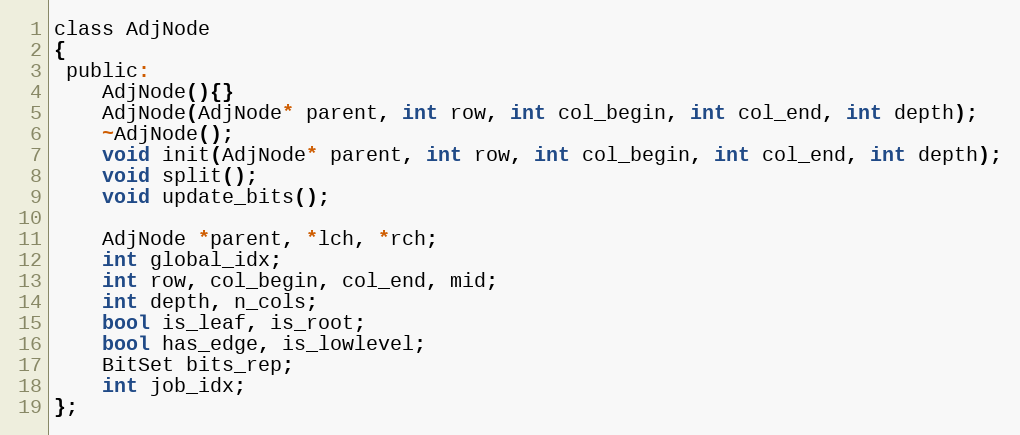
Language: C
class AdjNode
{
 public:
    AdjNode(){}
    AdjNode(AdjNode* parent, int row, int col_begin, int col_end, int depth);
    ~AdjNode();
    void init(AdjNode* parent, int row, int col_begin, int col_end, int depth);
    void split();
    void update_bits();

    AdjNode *parent, *lch, *rch;
    int global_idx;
    int row, col_begin, col_end, mid;
    int depth, n_cols;
    bool is_leaf, is_root;
    bool has_edge, is_lowlevel;
    BitSet bits_rep;
    int job_idx;
};